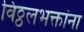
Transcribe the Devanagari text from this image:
विठ्ठलभक्तांना